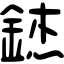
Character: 錰